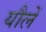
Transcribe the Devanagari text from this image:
यौलें